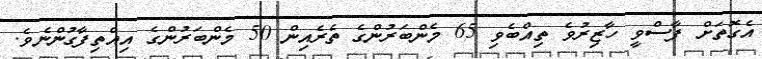
އެގޮތަށް ފާސްވީ ހާޒިރުވެ ތިއްބެވި 65 މެންބަރުންގެ ތެރެއިން 50 މެންބަރުންގެ އިއްތިފާގުންނެވެ.